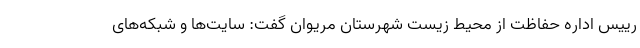
رییس اداره حفاظت از محیط زیست شهرستان مریوان گفت: سایت‌ها و شبکه‌های